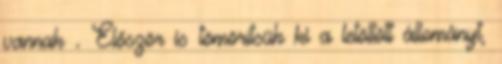
vannak . Először is tömörítsük ki a letöltött állományt,